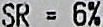
SR = 6%